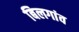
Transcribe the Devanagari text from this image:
बिलगांव